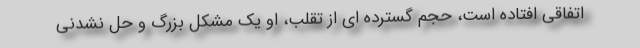
اتفاقی افتاده است، حجم گسترده ای از تقلب، او یک مشکل بزرگ و حل نشدنی